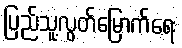
ပြည်သူ့လွတ်မြောက်ရေး